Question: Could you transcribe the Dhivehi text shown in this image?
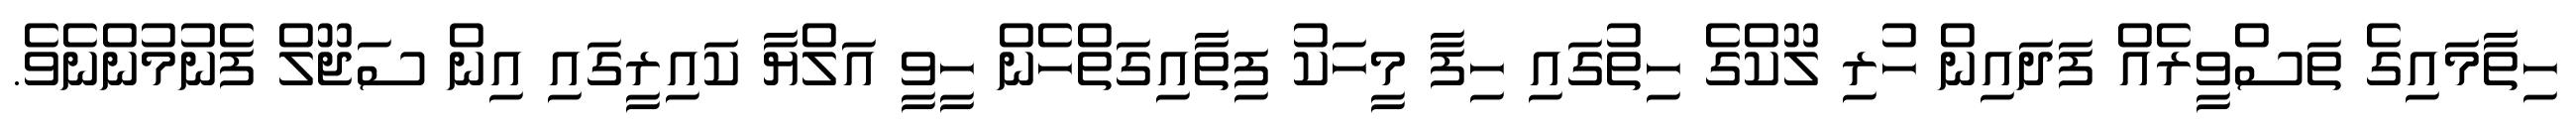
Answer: ހިތާމައިގެ ތަސްވީރެއް ފަދައިން ހުރި ލޫކްގެ ހިތުގައި ހިފާ މީހަކު ފިތާއިގަތްހެން ހީވީ އަލްޔާ ކައިރީގައި އިން ސަޖޫލް ފެނުމުންނެވެ.